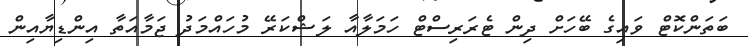
ބަތަންކޮޓް ވައިގެ ބޭހަށް ދިން ޓެރަރިސްޓް ހަމަލާއާ ލަޝްކަރޭ މުހައްމަދު ޖަމާއަތާ އިންޑިޔާއިން